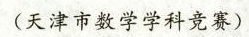
(天津市数学学科竞赛)